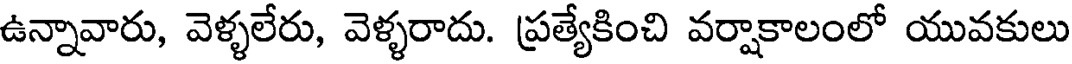
ఉన్నావారు, వెళ్ళలేరు, వెళ్ళరాదు. ప్రత్యేకించి వర్షాకాలంలో యువకులు